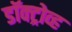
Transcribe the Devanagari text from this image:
डॉक्ट्रोव्ह